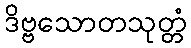
ဒိဗ္ဗသောတသုတ္တံ